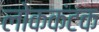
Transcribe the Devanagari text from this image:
लोककंटक